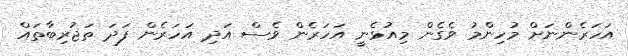
އަހަރެންނަށް މުހިންމު ވެގެން މިއުޅެނީ އަހަރެން ވެސް އަދި އަހަރެން ފަދަ ތަޖުރިބާތައް